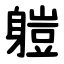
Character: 䠽